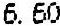
6.60